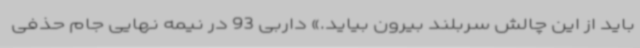
باید از این چالش سربلند بیرون بیاید.» داربی 93 در نیمه نهایی جام حذفی